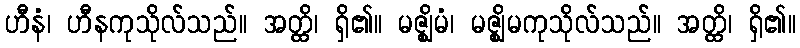
ဟီနံ၊ ဟီနကုသိုလ်သည်။ အတ္ထိ၊ ရှိ၏။ မဇ္ဈိမံ၊ မဇ္ဈိမကုသိုလ်သည်။ အတ္ထိ၊ ရှိ၏။